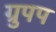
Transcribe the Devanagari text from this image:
ग्रुपप